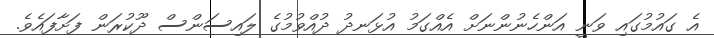
އެ ގައުމުގައި ވަނީ އަންހެނުންނަށް އެއްގަމު އުޅަނދު ދުއްވުމުގެ ލައިސަންސް ދޫކުރަން ފަށާފައެވެ.